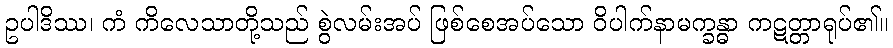
ဥပါဒိဿ၊ ကံ ကိလေသာတို့သည် စွဲလမ်းအပ် ဖြစ်စေအပ်သော ဝိပါက်နာမက္ခန္ဓာ ကဋတ္တာရုပ်၏။